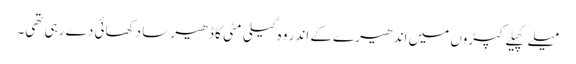
میلے کچیلے کپڑوں میں اندھیرے کے اندر وہ گیلی مٹی کا ڈھیر سا دکھائی دے رہی تھی۔